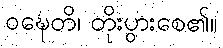
ဝဍ္ဎေတိ၊ တိုးပွားစေ၏။